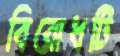
বিরোধটি